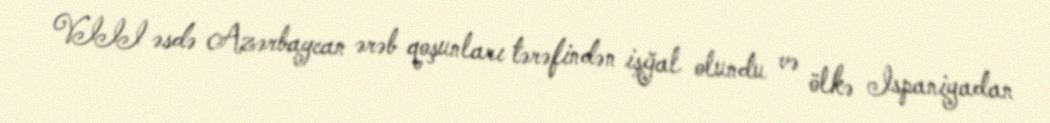
VIII əsdə Azərbaycan ərəb qoşunları tərəfindən işğal olundu və ölkə Ispaniyadan